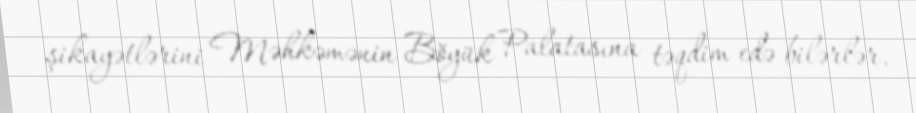
şikayətlərini Məhkəmənin Böyük Palatasına təqdim edə bilərlər.